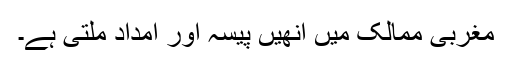
مغربی ممالک میں انھیں پیسہ اور امداد ملتی ہے۔